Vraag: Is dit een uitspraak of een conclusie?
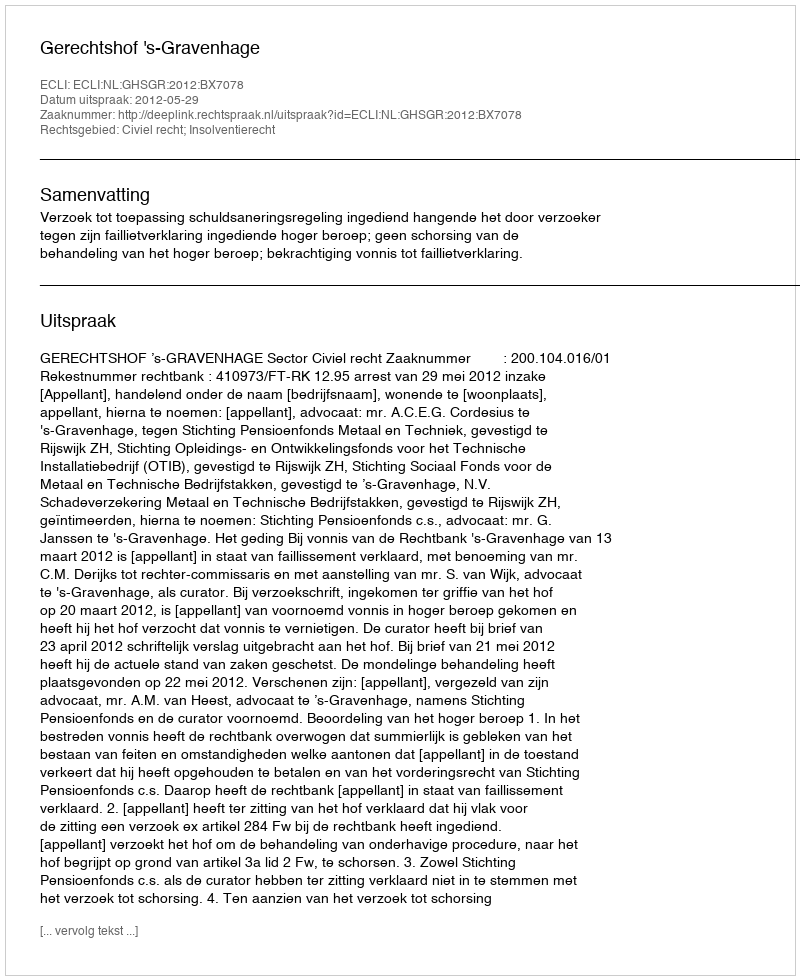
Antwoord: Uitspraak